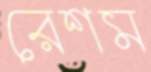
রেশম